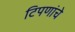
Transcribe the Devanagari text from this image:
टिपणांचे